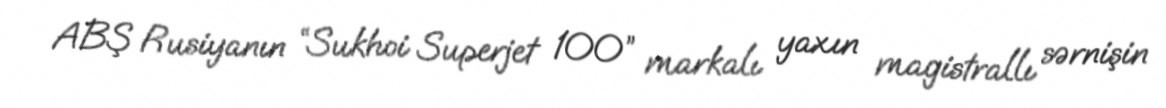
ABŞ Rusiyanın “Sukhoi Superjet 100” markalı yaxın magistrallı sərnişin